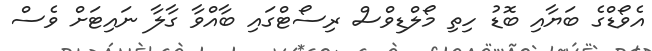
އެވޯޑްގެ ބަޔާއި ބޮޑު ހިތި މޯލްޑިވްސް ރިސޯޓްގައި ބާއްވާ ގާލާ ނައިޓަށް ވެސް